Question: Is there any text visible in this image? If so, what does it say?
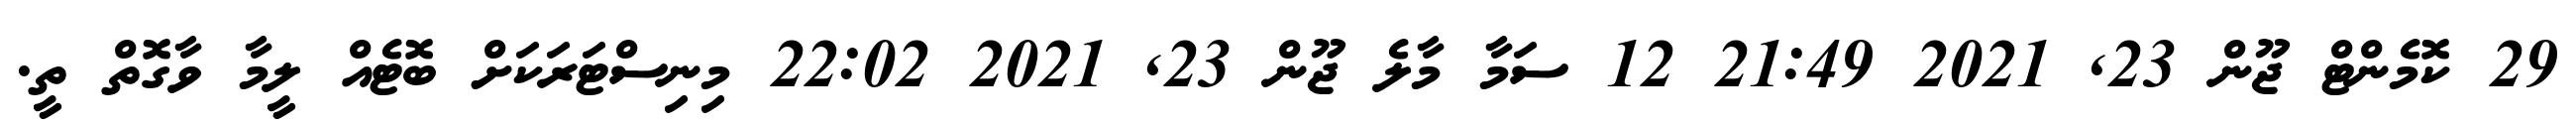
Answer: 29 ކޮމެންޓް ޖޫން 23, 2021 21:49 12 ސަމާ މާލެ ޖޫން 23, 2021 22:02 މިނިސްޓަރަކަށް ބޮޓެއް ލީމާ ވާގޮތް ތީ.